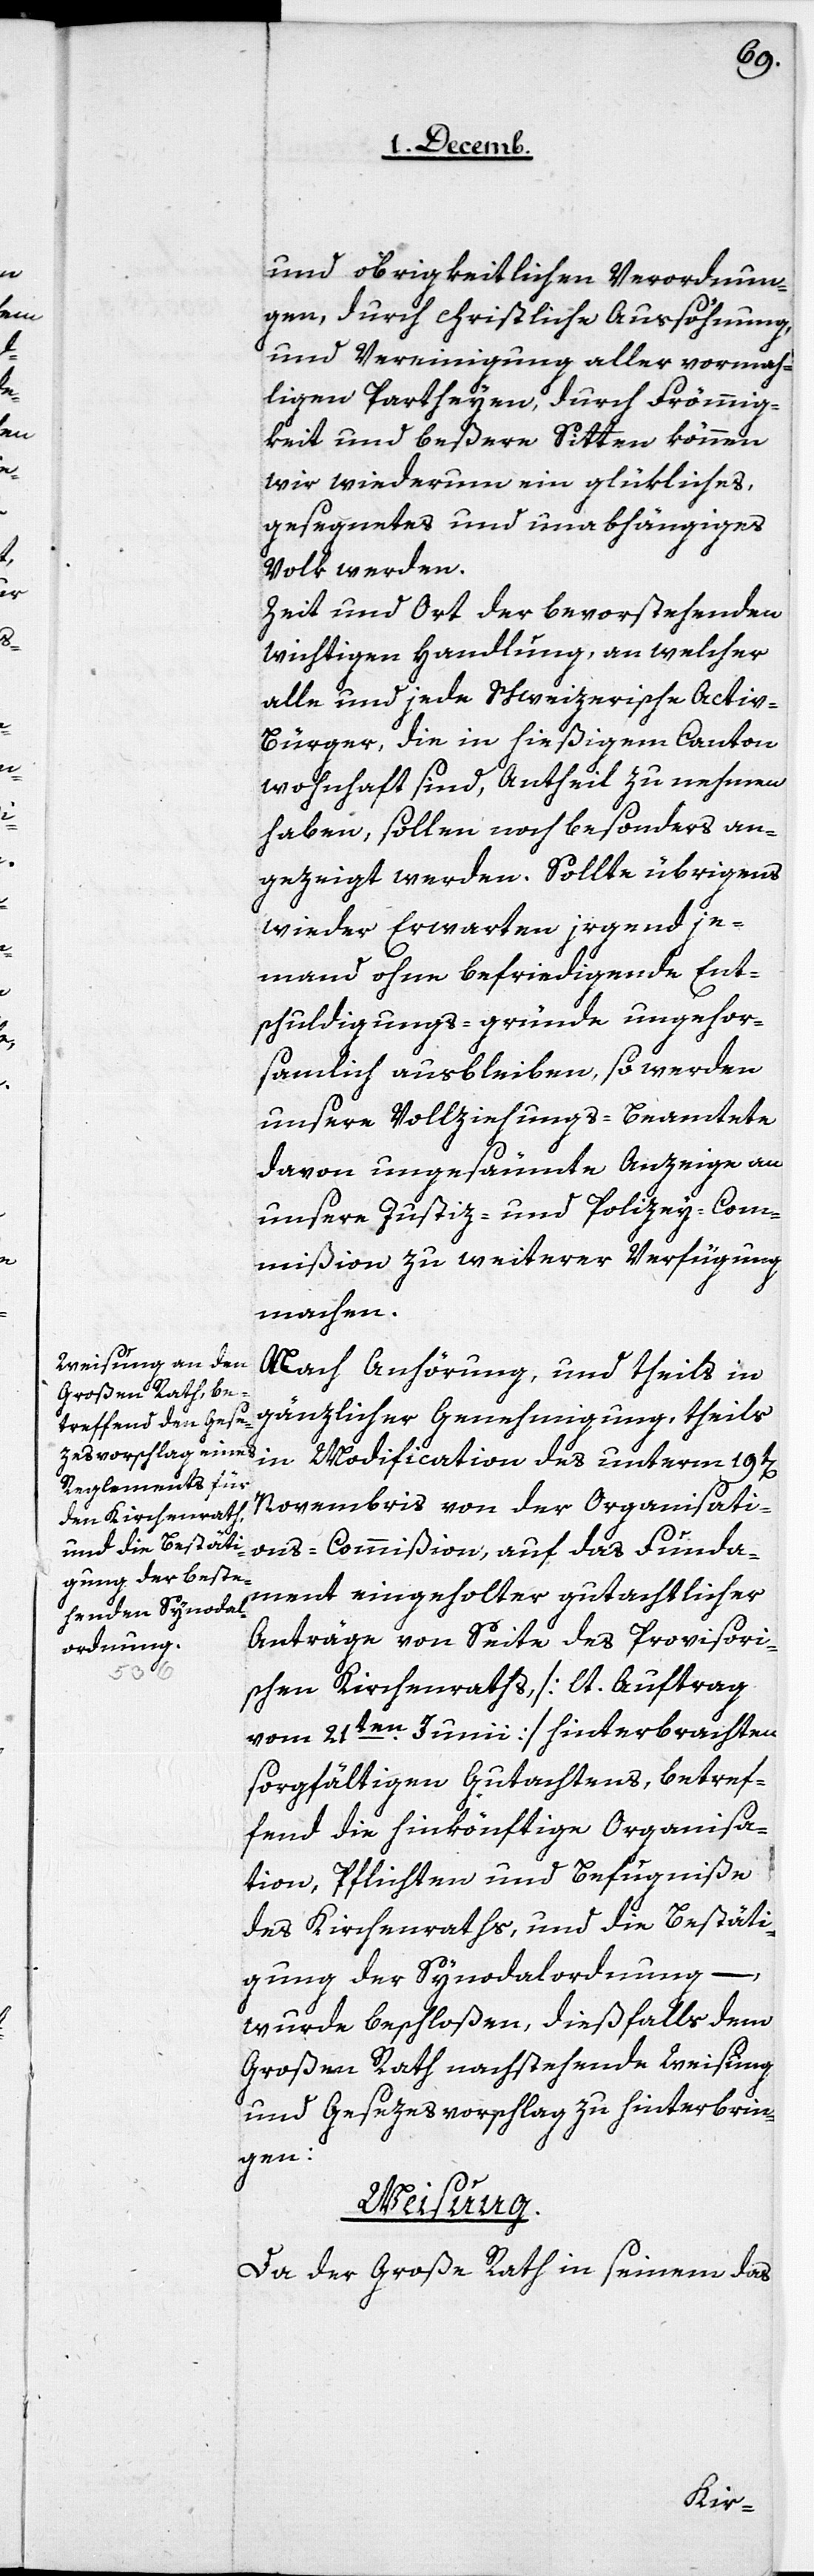
und obrigkeitlichen Verordnun¬
gen, durch christliche Aussöhnung,
und Vereinigung aller vormah¬
ligen Partheyen, durch Frömmig¬
keit und beßere Sitten können
wir wiederum ein glükliches,
gesegnetes und unabhängiges
Volk werden.
Zeit und Ort der bevorstehenden
wichtigen Handlung, an welcher
alle und jede Schweizerische Activ¬
bürger, die in hießigem Canton
wohnhaft sind, Antheil zu nehmen
haben, sollen noch besonders an¬
gezeigt werden. Sollte übrigens
jemand ohne befriedigende Ens¬
chuldigungs-gründe ungehor¬
samlich ausbleiben, so werden
unsere Vollziehungs-Beamtete
davon ungesäumte Anzeige an
unsere Justiz- und Polizey-Com¬
mißion zu weiterer Verfügung
machen.
Nach Anhörung, und theils in
gänzlicher Genehmigung, theils
in Modification des unterm 19t[en]
Novembris von der Organisati¬
ons-Commißion, auf das Funda¬
ment eingeholter gutachtlicher
Anträge von Seite des Provisori¬
schen Kirchenraths [lt. Auftrag
vom 21ten. Junii] hinterbrachten
sorgfältigen Gutachtens, betref¬
fend die hinkönftige Organisa¬
tion, Pflichten und Befugniße
des Kirchenraths, und die Bestäti¬
gung der Synodalordnung –,
wurde beschloßen, dießfalls dem
Großen Rath nachstehende Weisung
und Gesezesvorschlag zu hinterbrin¬
gen:
Weisung.
Da der Große Rath in seinem das
ir¬